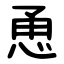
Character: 恿